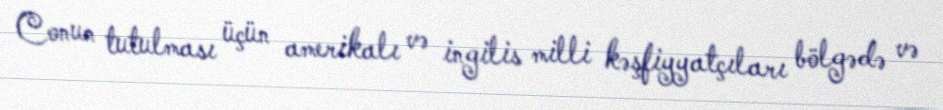
Conun tutulması üçün amerikalı və ingilis milli kəşfiyyatçıları bölgədə və